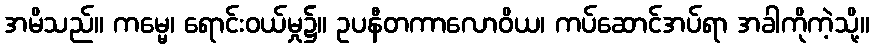
အမိသည်။ ကမ္မေ၊ ရောင်းဝယ်မှု၌။ ဥပနီတကာလောဝိယ၊ ကပ်ဆောင်အပ်ရာ အခါကိုကဲ့သို့။